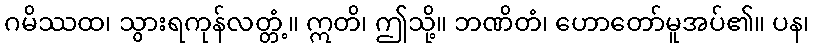
ဂမိဿထ၊ သွားရကုန်လတ္တံ့။ ဣတိ၊ ဤသို့။ ဘဏိတံ၊ ဟောတော်မူအပ်၏။ ပန၊